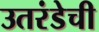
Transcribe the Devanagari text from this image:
उतरंडेची